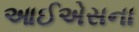
આઈએસના